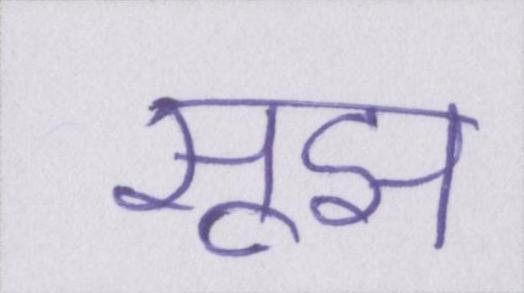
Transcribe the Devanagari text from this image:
सूझ